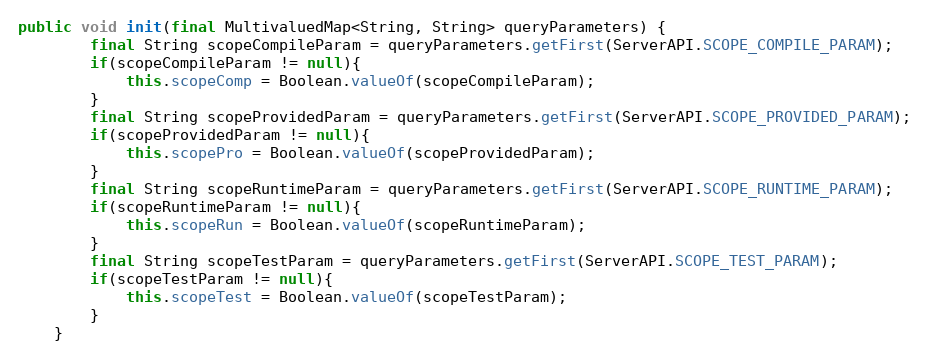
Language: Java
public void init(final MultivaluedMap<String, String> queryParameters) {
        final String scopeCompileParam = queryParameters.getFirst(ServerAPI.SCOPE_COMPILE_PARAM);
        if(scopeCompileParam != null){
            this.scopeComp = Boolean.valueOf(scopeCompileParam);
        }
        final String scopeProvidedParam = queryParameters.getFirst(ServerAPI.SCOPE_PROVIDED_PARAM);
        if(scopeProvidedParam != null){
            this.scopePro = Boolean.valueOf(scopeProvidedParam);
        }
        final String scopeRuntimeParam = queryParameters.getFirst(ServerAPI.SCOPE_RUNTIME_PARAM);
        if(scopeRuntimeParam != null){
            this.scopeRun = Boolean.valueOf(scopeRuntimeParam);
        }
        final String scopeTestParam = queryParameters.getFirst(ServerAPI.SCOPE_TEST_PARAM);
        if(scopeTestParam != null){
            this.scopeTest = Boolean.valueOf(scopeTestParam);
        }
    }